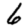
Digit: 6